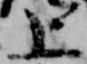
上